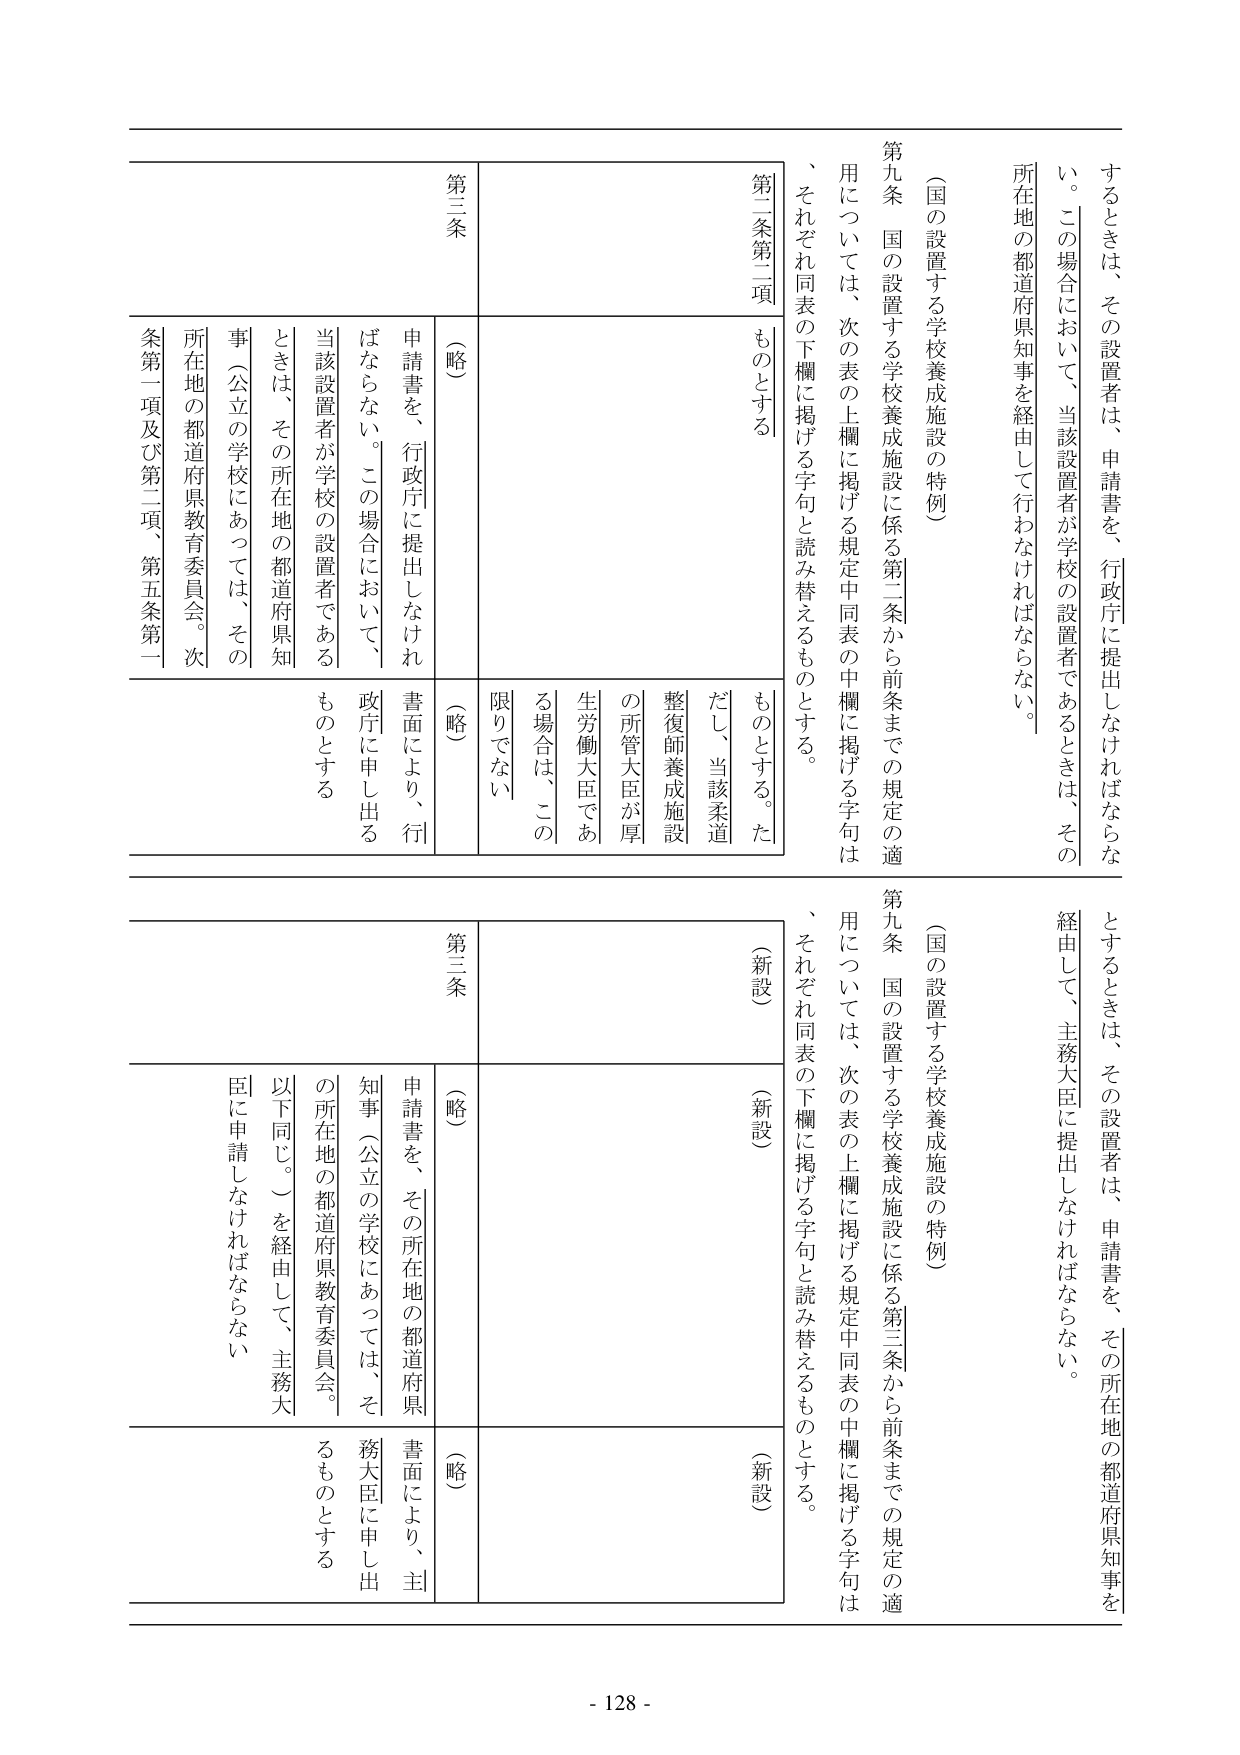
するときは、その設置者は、申請書を、行政庁に提出しなければならない。この場合において、当該設置者が学校の設置者であるときは、その所在地の都道府県知事を経由して行わなければならない。

（国の設置する学校養成施設の特例）

第九条 国の設置する学校養成施設に係る第二条から前条までの規定の適用については、次の表の上欄に掲げる規定中同表の中欄に掲げる字句は、それぞれ同表の下欄に掲げる字句と読み替えるものとする。

第二条第二項
ものとする

（略）
申請書を、行政庁に提出しなければならない。この場合において、当該設置者が学校の設置者であるときは、その所在地の都道府県知事（公立の学校にあっては、その所在地の都道府県教育委員会。次条第一項及び第二項、第五条第一

（略）
書面により、行政庁に申し出るものとする

（略）
限りでない

（略）
申請書を、その所在地の都道府県知事（公立の学校にあっては、その所在地の都道府県教育委員会。以下同じ。）を経由して、主務大臣に申請しなければならない

（新設）
（新設）
（新設）

ただし、当該柔道整復師養成施設の所管大臣が厚生労働大臣である場合は、この限りでない

（国の設置する学校養成施設の特例）

第九条 国の設置する学校養成施設に係る第三条から前条までの規定の適用については、次の表の上欄に掲げる規定中同表の中欄に掲げる字句は、それぞれ同表の下欄に掲げる字句と読み替えるものとする。

第三条
（略）
書面により、主務大臣に申し出るものとする

- 128 -